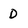
Character: D